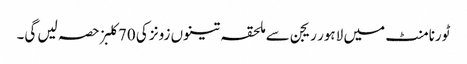
ٹورنامنٹ میں لاہور ریجن سے ملحقہ تینوں زونز کی 70کلبز حصہ لیں گی۔